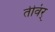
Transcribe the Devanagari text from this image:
तीवंर्